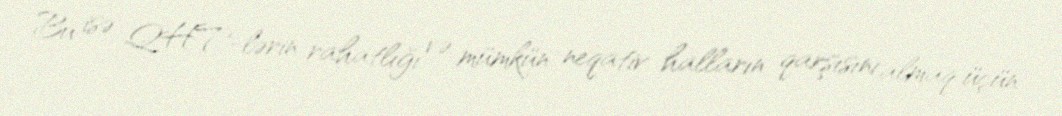
Bu isə QHT-lərin rahatlığı və mümkün neqativ halların qarşısını almaq üçün